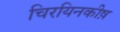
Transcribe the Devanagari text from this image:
चिरयिनकीष़